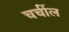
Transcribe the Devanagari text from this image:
चर्चील